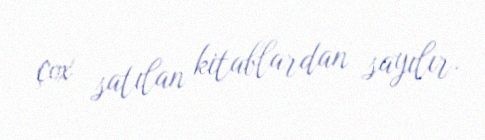
çox satılan kitablardan sayılır.